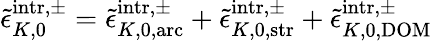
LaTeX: \tilde{\epsilon}_{K,0}^{\mathrm{intr},\pm}=\tilde{\epsilon}_{K,0,\mathrm{arc}}^{\mathrm{intr},\pm}+\tilde{\epsilon}_{K,0,\mathrm{str}}^{\mathrm{intr},\pm}+\tilde{\epsilon}_{K,0,\mathrm{DOM}}^{\mathrm{intr},\pm}